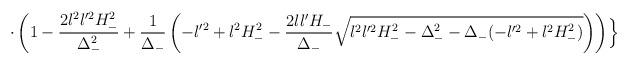
LaTeX: \begin{align*}\cdot \left( 1-\frac{2l^{2}l'^{2}H_{-}^{2}}{\Delta_{-}^{2}}+\frac{1}{\Delta_{-}}\left( -l'^{2}+l^{2}H_{-}^{2}-\frac{2ll'H_{-}}{\Delta_{-}}\sqrt{l^{2}l'^{2}H_{-}^{2}-\Delta_{-}^{2}-\Delta_{-} (-l'^{2} +l^{2}H_{-}^{2})}\right)\right) \Bigr\}\end{align*}